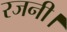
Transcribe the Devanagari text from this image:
रजनी।